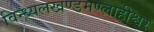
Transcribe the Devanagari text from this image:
विन्ध्यलखण्डमण्लाहीश्वर